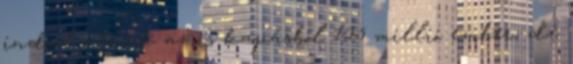
indul útnak az is kapásból 125 millió ember, de